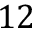
1 2